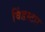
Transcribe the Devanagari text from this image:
विंडस्टार